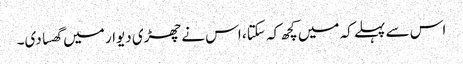
اس سے پہلے کہ میں کچھ کہ سکتا، اس نے چھڑی دیوار میں گھسا دی۔